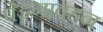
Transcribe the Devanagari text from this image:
पेडगावहून